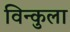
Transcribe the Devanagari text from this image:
विन्कुला